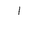
Letter: _alif